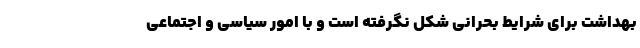
بهداشت برای شرایط بحرانی شکل نگرفته است و با امور سیاسی و اجتماعی